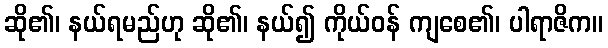
ဆို၏၊ နယ်ရမည်ဟု ဆို၏၊ နယ်၍ ကိုယ်ဝန် ကျစေ၏၊ ပါရာဇိက။